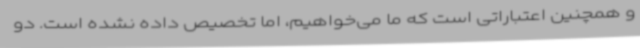
و همچنین اعتباراتی است که ما می‌خواهیم، اما تخصیص داده نشده است. دو